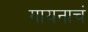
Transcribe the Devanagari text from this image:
गायनाचं